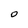
Character: O